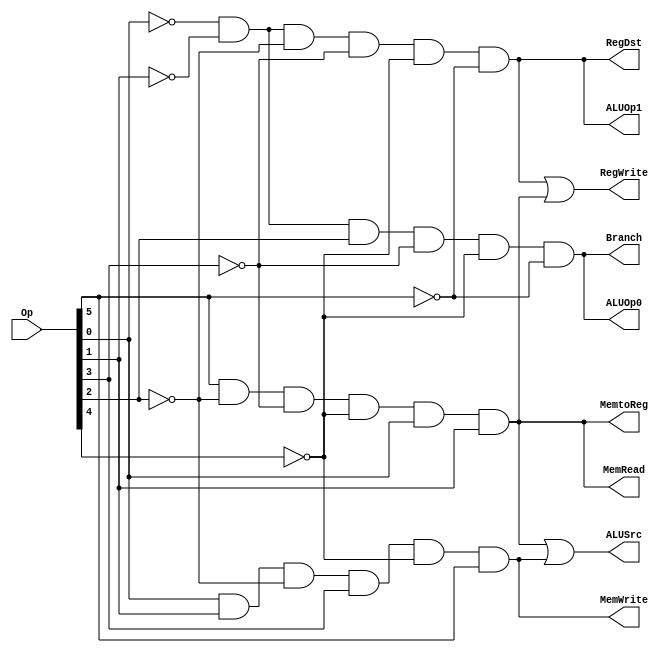
module ANDarray (RegDst,ALUSrc, MemtoReg, RegWrite,MemRead, MemWrite,Branch,ALUOp1,ALUOp0,Op);
    input [5:0] Op;
    output RegDst,ALUSrc,MemtoReg, RegWrite, MemRead,MemWrite,Branch,ALUOp1,ALUOp0;
    wire Rformat, lw,sw,beq;
    assign Rformat= (~Op[0])& (~Op[1])& (~Op[2])& (~Op[3])& (~Op[4])& (~Op[5]);
    assign lw = (Op[5])& (~Op[2])& (~Op[3])& (~Op[4])& (Op[0])& (Op[1]);
    assign sw= (Op[0])& (Op[1])& (~Op[2])& (Op[3])& (~Op[4])& (Op[5]);
    assign beq= (~Op[0])& (~Op[1])& (Op[2])& (~Op[3])& (~Op[4])& (~Op[5]);

    assign RegDst=Rformat;
    assign ALUSrc= lw | sw;
    assign MemtoReg= lw;
    assign RegWrite= Rformat | lw;
    assign MemRead= lw;
    assign MemWrite= sw;
    assign Branch= beq;
    assign ALUOp1= Rformat;
    assign ALUOp0= beq;
endmodule

module MCtest;
    reg [5:0] Op;
    wire RegDst,ALUSrc,MemtoReg, RegWrite, MemRead,MemWrite,Branch,ALUOp1,ALUOp0;
    ANDarray a1(RegDst,ALUSrc, MemtoReg, RegWrite,MemRead, MemWrite,Branch,ALUOp1,ALUOp0,Op);
    initial
        begin
            $monitor($time," Op=%b RegDst=%b ALUSrc=%b MemtoReg=%b RegWrite=%b MemRead=%b MemWrite=%b Branch=%b ALUOp1=%b ALUOp0=%b\n",Op,RegDst,ALUSrc,MemtoReg, RegWrite, MemRead,MemWrite,Branch,ALUOp1,ALUOp0);
            #0 Op=6'b000000;
            #100 Op=6'b100011;
            #100 Op=6'b101011;
            #100 Op=6'b000100;
            #200 $finish;
        end
endmodule